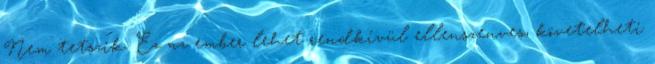
Nem tetszik. Ez az ember lehet rendkívül ellenszenves, követelheti